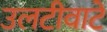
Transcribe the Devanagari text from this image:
उलटीवाटे